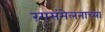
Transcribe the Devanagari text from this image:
रंगसंमेलनाच्या